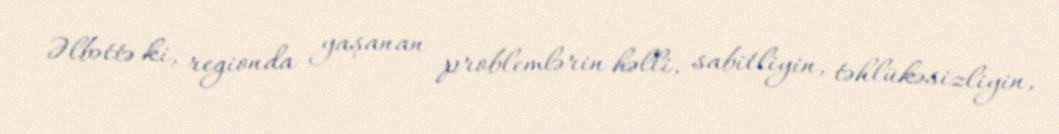
Əlbəttə ki, regionda yaşanan problemlərin həlli, sabitliyin, təhlükəsizliyin,